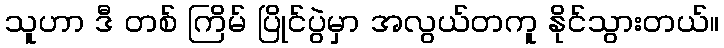
သူဟာ ဒီ တစ် ကြိမ် ပြိုင်ပွဲမှာ အလွယ်တကူ နိုင်သွားတယ်။